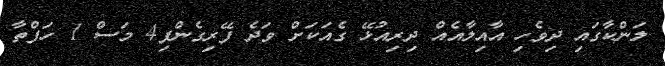
ލަންކާގައި ދިވެހި އާއިލާއެއް ދިރިއުޅޭ ގެއަކަށް ވަދެ ފޭރިގެންފި4 މަސް 1 ހަފްތާ